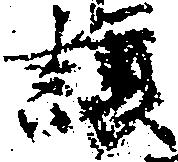
譲